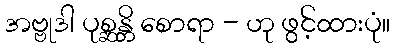
အဗ္ဗုဒါ ပုစ္ဆန္တိ စောရာ - ဟု ဖွင့်ထားပုံ။